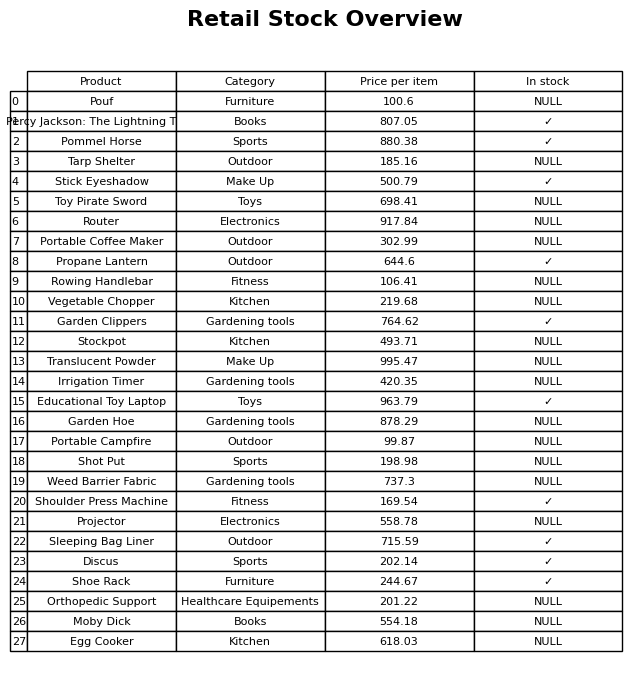
question: What is the price for Tarp Shelter?
answer: The price of Tarp Shelter is 185.16.